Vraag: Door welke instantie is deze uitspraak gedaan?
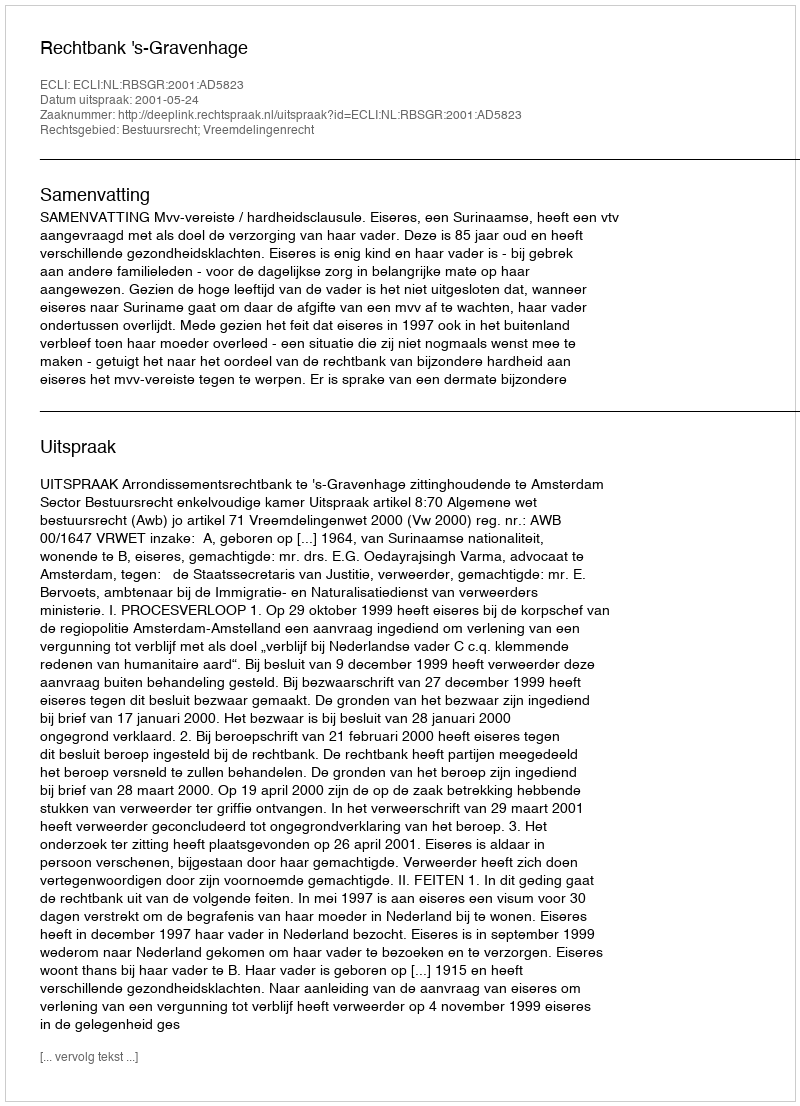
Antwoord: Rechtbank 's-Gravenhage